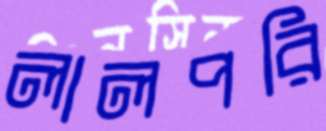
লালপরি